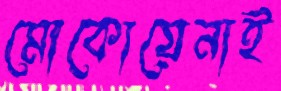
মোকোয়েনাই